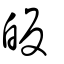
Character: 皈